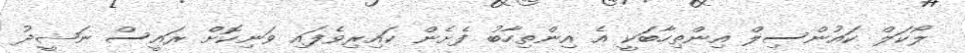
ލޯކަލް ކައުންސިލް އިންތިހާބަކީ އެ އިންތިހާބު ފެށެން ކައިރިވެފައި ވަނިކޮށް ރައީސް ނަޝީދު